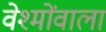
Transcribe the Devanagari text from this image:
वेश्मोंवाला